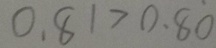
0 . 8 1 > 0 . 8 0